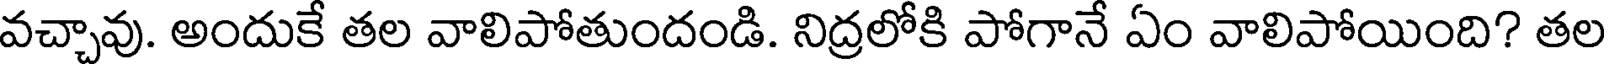
వచ్చావు. అందుకే తల వాలిపోతుందండి. నిద్రలోకి పోగానే ఏం వాలిపోయింది? తల